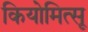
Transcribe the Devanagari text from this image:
कियोमित्सू